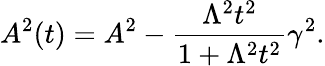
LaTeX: A^{2}(t)=A^{2}-\frac{\Lambda^{2}t^{2}}{1+\Lambda^{2}t^{2}}\gamma^{2}.